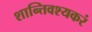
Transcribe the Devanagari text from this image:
शान्तिवश्यकरं